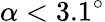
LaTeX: \alpha<3.1^{\circ}